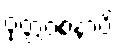
ဝုတ္တဝစနာပိ